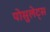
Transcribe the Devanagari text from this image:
पोसुलेट्स